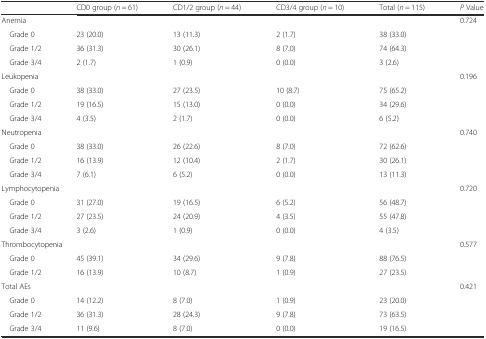
<table><thead><tr><td></td><td><b>CD0 group (<i>n</i> = 61)</b></td><td><b>CD1/2 group (<i>n</i> = 44)</b></td><td><b>CD3/4 group (<i>n</i> = 10)</b></td><td><b>Total (<i>n</i> = 115)</b></td><td><b><i>P</i> Value</b></td></tr></thead><tbody><tr><td>Anemia</td><td></td><td></td><td></td><td></td><td>0.724</td></tr><tr><td>Grade 0</td><td>23 (20.0)</td><td>13 (11.3)</td><td>2 (1.7)</td><td>38 (33.0)</td><td></td></tr><tr><td>Grade 1/2</td><td>36 (31.3)</td><td>30 (26.1)</td><td>8 (7.0)</td><td>74 (64.3)</td><td></td></tr><tr><td>Grade 3/4</td><td>2 (1.7)</td><td>1 (0.9)</td><td>0 (0.0)</td><td>3 (2.6)</td><td></td></tr><tr><td colspan="2">Leukopenia</td><td></td><td></td><td></td><td>0.196</td></tr><tr><td>Grade 0</td><td>38 (33.0)</td><td>27 (23.5)</td><td>10 (8.7)</td><td>75 (65.2)</td><td></td></tr><tr><td>Grade 1/2</td><td>19 (16.5)</td><td>15 (13.0)</td><td>0 (0.0)</td><td>34 (29.6)</td><td></td></tr><tr><td>Grade 3/4</td><td>4 (3.5)</td><td>2 (1.7)</td><td>0 (0.0)</td><td>6 (5.2)</td><td></td></tr><tr><td colspan="2">Neutropenia</td><td></td><td></td><td></td><td>0.740</td></tr><tr><td>Grade 0</td><td>38 (33.0)</td><td>26 (22.6)</td><td>8 (7.0)</td><td>72 (62.6)</td><td></td></tr><tr><td>Grade 1/2</td><td>16 (13.9)</td><td>12 (10.4)</td><td>2 (1.7)</td><td>30 (26.1)</td><td></td></tr><tr><td>Grade 3/4</td><td>7 (6.1)</td><td>6 (5.2)</td><td>0 (0.0)</td><td>13 (11.3)</td><td></td></tr><tr><td colspan="2">Lymphocytopenia</td><td></td><td></td><td></td><td>0.720</td></tr><tr><td>Grade 0</td><td>31 (27.0)</td><td>19 (16.5)</td><td>6 (5.2)</td><td>56 (48.7)</td><td></td></tr><tr><td>Grade 1/2</td><td>27 (23.5)</td><td>24 (20.9)</td><td>4 (3.5)</td><td>55 (47.8)</td><td></td></tr><tr><td>Grade 3/4</td><td>3 (2.6)</td><td>1 (0.9)</td><td>0 (0.0)</td><td>4 (3.5)</td><td></td></tr><tr><td colspan="2">Thrombocytopenia</td><td></td><td></td><td></td><td>0.577</td></tr><tr><td>Grade 0</td><td>45 (39.1)</td><td>34 (29.6)</td><td>9 (7.8)</td><td>88 (76.5)</td><td></td></tr><tr><td>Grade 1/2</td><td>16 (13.9)</td><td>10 (8.7)</td><td>1 (0.9)</td><td>27 (23.5)</td><td></td></tr><tr><td colspan="4">Total AEs</td><td></td><td>0.421</td></tr><tr><td>Grade 0</td><td>14 (12.2)</td><td>8 (7.0)</td><td>1 (0.9)</td><td>23 (20.0)</td><td></td></tr><tr><td>Grade 1/2</td><td>36 (31.3)</td><td>28 (24.3)</td><td>9 (7.8)</td><td>73 (63.5)</td><td></td></tr><tr><td>Grade 3/4</td><td>11 (9.6)</td><td>8 (7.0)</td><td>0 (0.0)</td><td>19 (16.5)</td><td></td></tr></tbody></table>